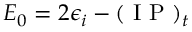
E _ { 0 } = 2 \epsilon _ { i } - ( \mathrm { ~ I ~ P ~ } ) _ { t }